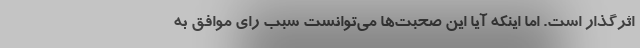
اثرگذار است. اما اینکه آیا این صحبت‌ها می‌توانست سبب رای موافق به